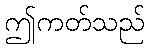
ဤကတ်သည်